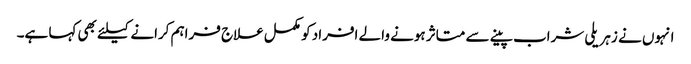
انہوں نے زہریلی شراب پینے سے متاثر ہونے والے افراد کو مکمل علاج فراہم کرانے کیلئے بھی کہا ہے۔